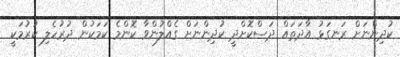
ކުދިންނަށް ރަނގަޅު އާދަތައް ދަސްކޮށްދީ ކުދިންނަށް ގެއްލުންވާ ކޮންމެ ކަމަކުން ދުރުހެލި ކުރުމަކީ